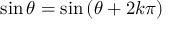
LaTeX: \sin \theta = \sin \left( \theta + 2 k \pi \right) \quad